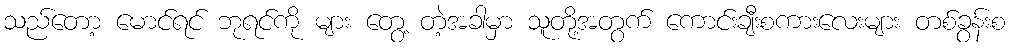
သည်တော့ မောင်ရင် ဘုရင်ကို များ တွေ့ တဲ့အခါမှာ သူတို့အတွက် ကောင်းချီးစကားလေးများ တစ်ခွန်းစ